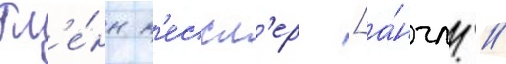
Гл'е́нн к'ессл'ер [а́нгл. /